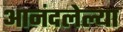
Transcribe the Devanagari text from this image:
आनंदलेल्या